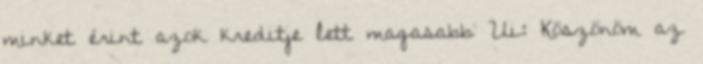
minket érint azok kreditje lett magasabb Ui: Köszönöm az